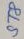
Text: ST8